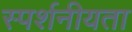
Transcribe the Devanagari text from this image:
स्पर्शनीयता